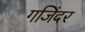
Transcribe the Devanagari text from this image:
गजिंदर